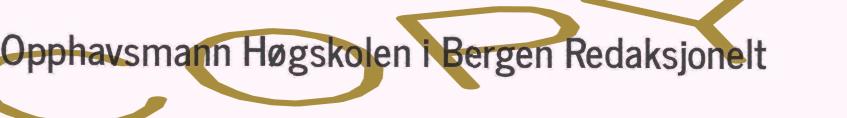
Opphavsmann Høgskolen i Bergen Redaksjonelt